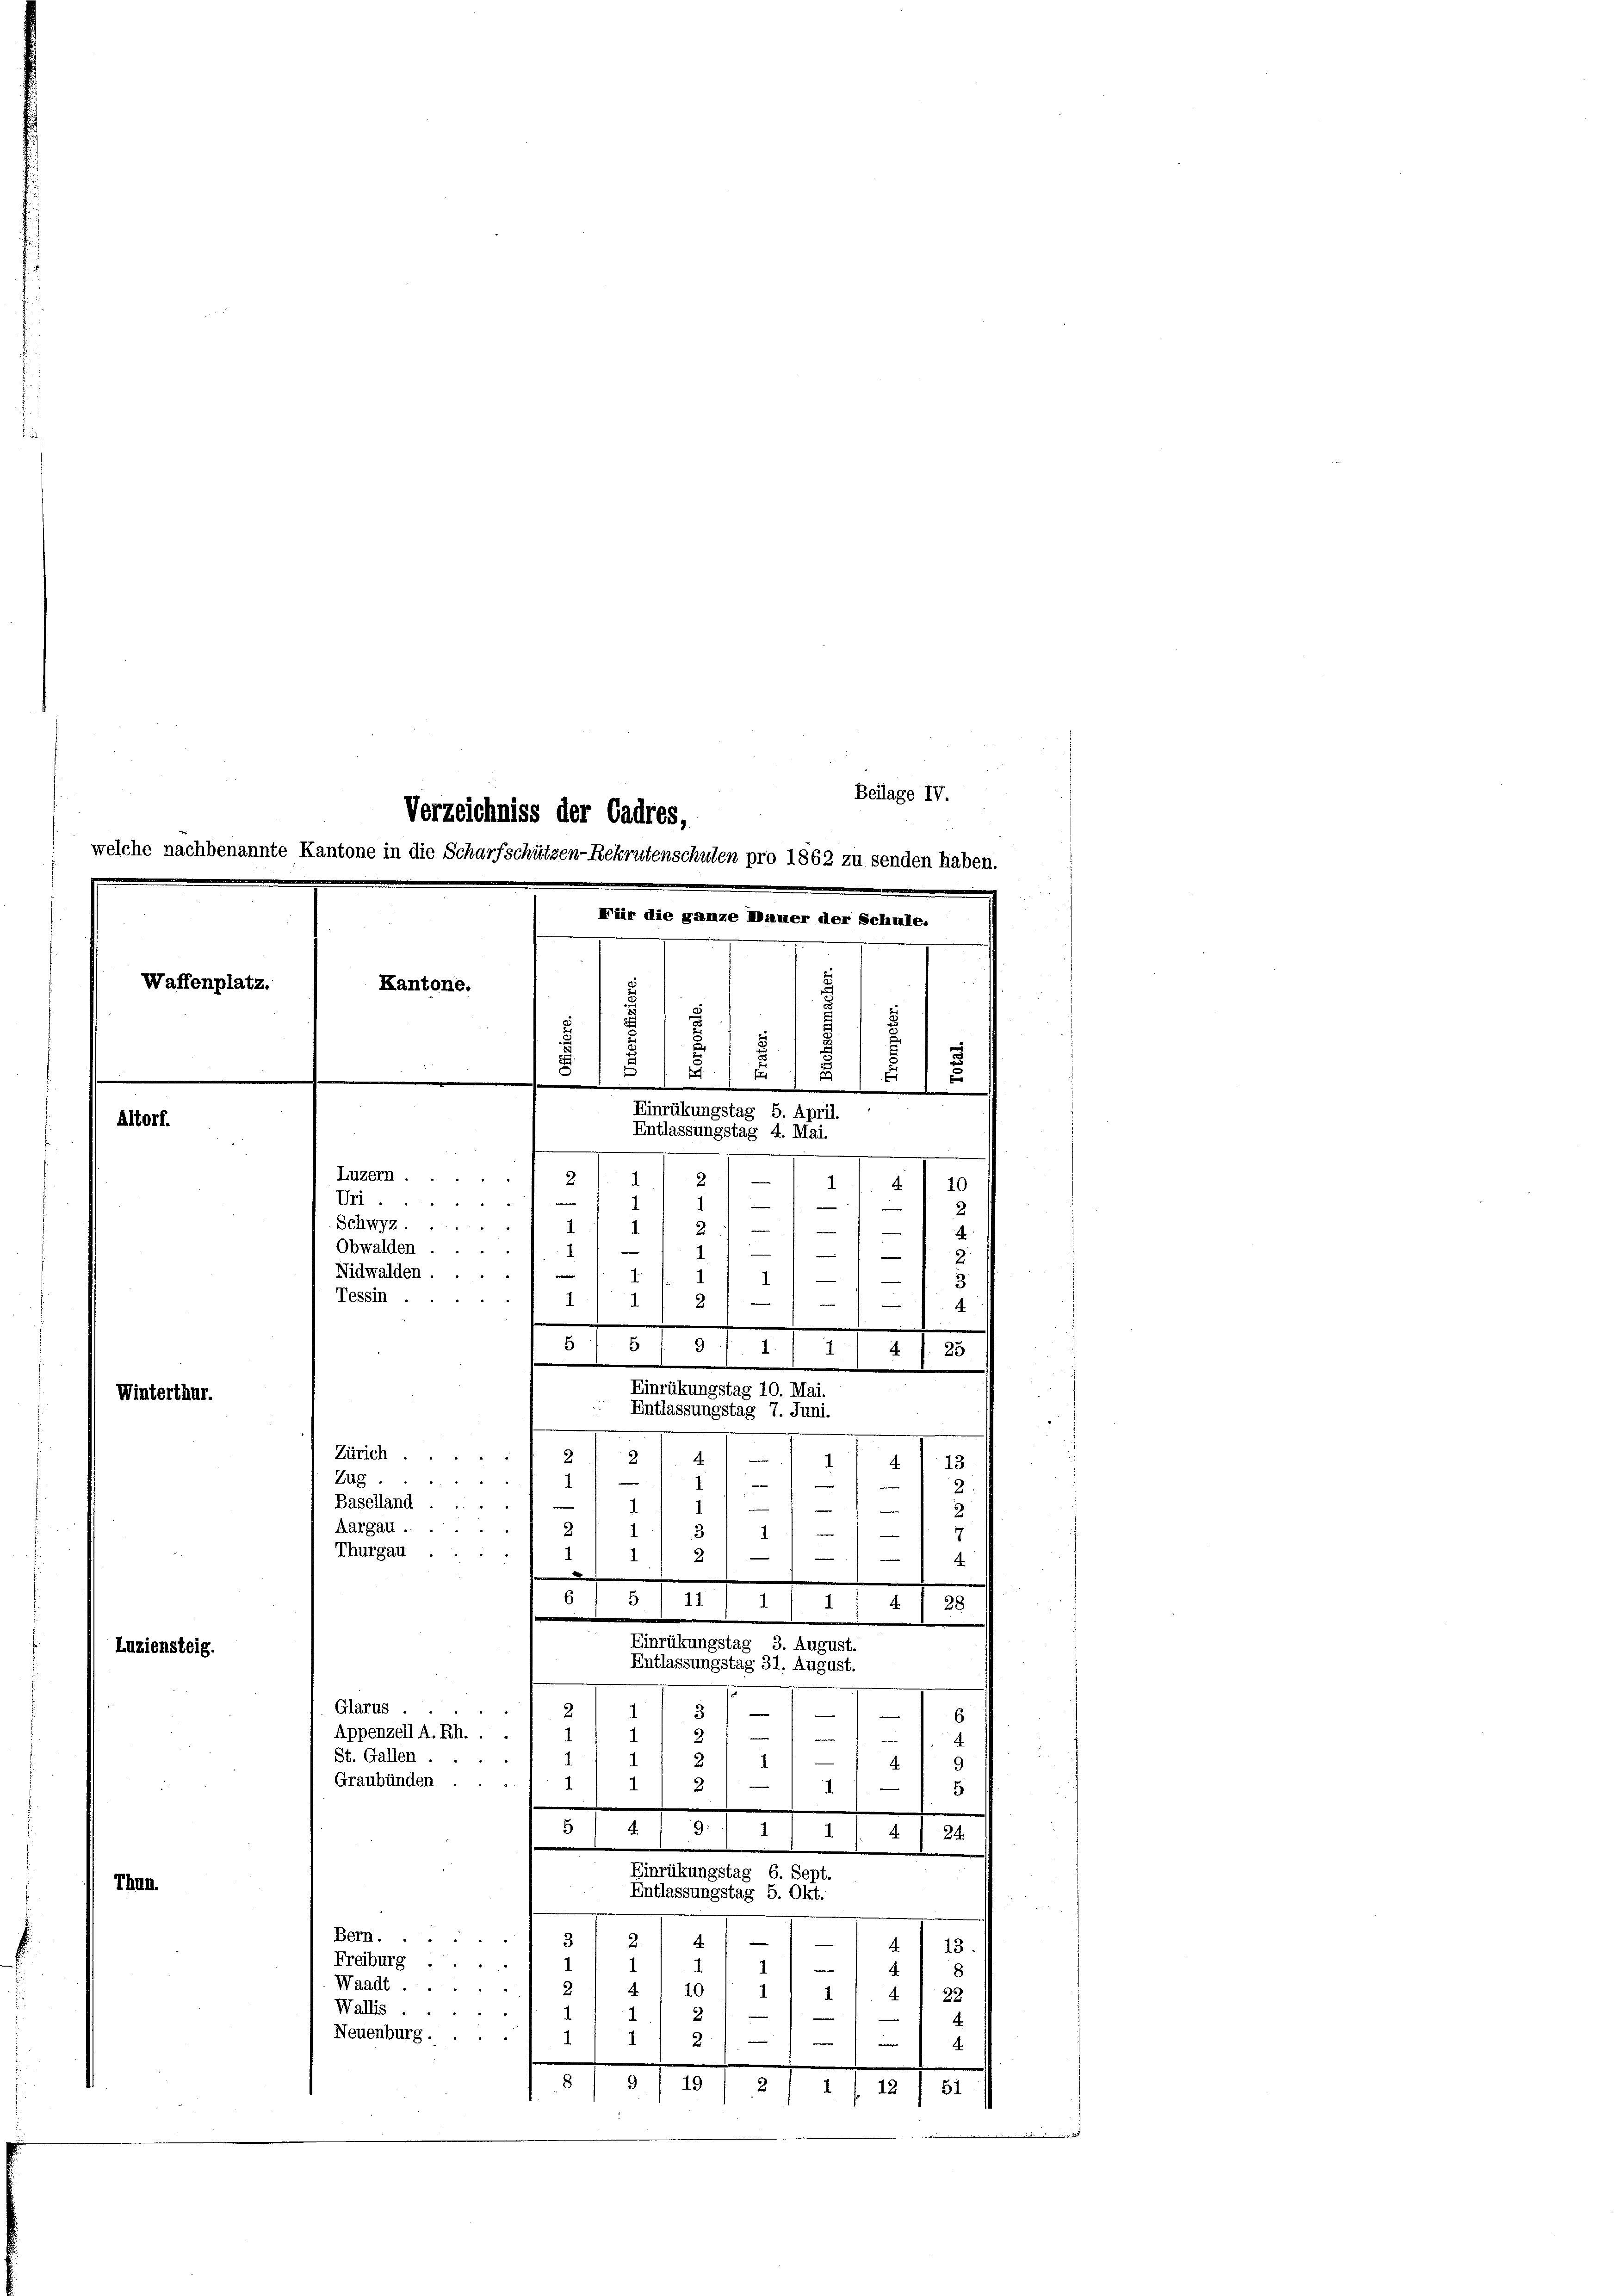
Waffenplatz.
Kantone.
d
.
u
u
.
E
1
5
1
1
1
)
Einrükungstag 5. April.
Entlassungstag 4. Mai.
.
Luzern
2
2)
1
t
10
s
Uri.

8
Schwyz.
2
1
—
Obwalden.
1
u

—
¬
|
Nidwalden.
7
1.
s
Tessin .
2
e
—

4
e
.
5
5 1 9
1
4
25
I.
|
.
Einrükungstag 10. Mai.
Winterthur.
Entlassungstag 7. Juni.
2
Zürich.

e
2
4
13
4
Zug
e
 242
—
1
e

2
e
Baselland ....
—
e
Aargau.
4
-
3
7
Thurgau ..

2
—
¬

 |
5
I 1 1/ 11 4
28
.
Einrükungstag 3. August.
Luziensteig.
Entlassungstag 31. August.

Altorf.

II.

Verzeichniss der Cadres,
welche nachbenannte Kantone in die Scharfschützen-Rekrutenschulen pro 1862 zu senden haben.
Für die ganze Mauer der Schule.

Beilage IV.

.
Glarus,
31
.
—
6
Appenzell A. Rh. . .

2
.
St. Gallen.
2
B
Graubünden
1
1
4
2
5
.
3
.
24.
.
Einrükungstag 6. Sept.
Entlassungstag 5. Okt.
Bern......
3
4
413.
Freiburg ...
1
1
4
8
Waadt.
10
4
1
22
1
4
Wallis
2.
e
Neuenburg ...
14
2
4
8/9 1 1912, 1 l 12 f 51